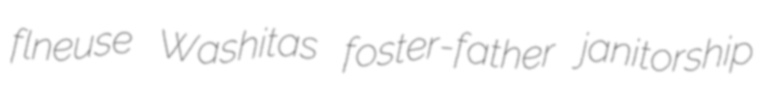
flneuse Washitas foster-father janitorship